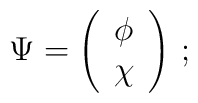
\Psi=\left(\begin{array}{cc}\phi\\    \chi\\ \end{array}\right)\,;